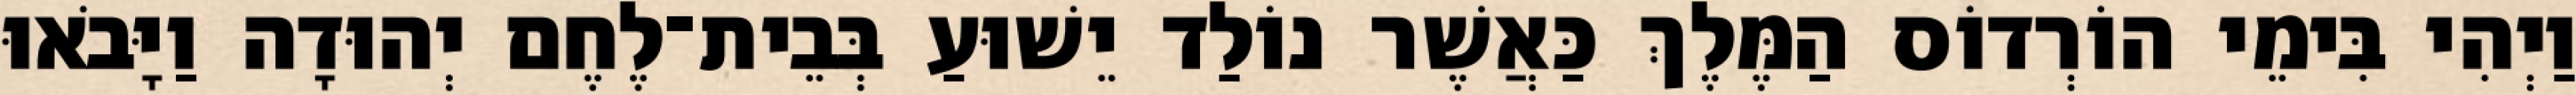
וַיְהִי בִּימֵי הוֹרְדוֹס הַמֶּלֶךְ כַּאֲשֶׁר נוֹלַד יֵשׁוּעַ בְּבֵית־לֶחֶם יְהוּדָה וַיָּבֹאוּ